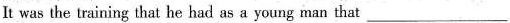
It was the training that he had as a young man that___